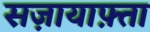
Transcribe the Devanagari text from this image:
सज़ायाफ़्ता